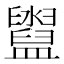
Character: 𥃔